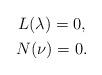
LaTeX: \begin{align*}\begin{gathered}L(\lambda) = 0, \\N(\nu) = 0.\end{gathered}\end{align*}